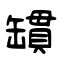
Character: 罆